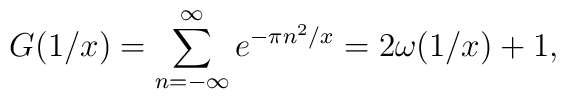
G(1/x) = \sum\limits_{n=-\infty}^\infty e^{-\pi n^2/x} = 2\omega(1/x)+1,